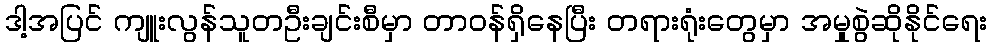
ဒါ့အပြင် ကျူးလွန်သူတဦးချင်းစီမှာ တာဝန်ရှိနေပြီး တရားရုံးတွေမှာ အမှုစွဲဆိုနိုင်ရေး